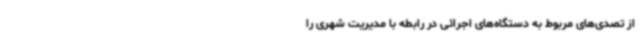
از تصدی‌های مربوط به دستگاه‌های اجرائی در رابطه با مدیریت شهری را